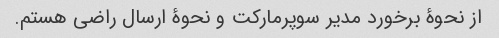
از نحوۀ برخورد مدیر سوپرمارکت و نحوۀ ارسال راضی هستم.